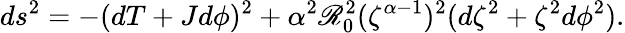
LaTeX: ds^{2}=-(dT+Jd\phi)^{2}+\alpha^{2}\mathscr{R}_{0}^{2}(\zeta^{\alpha-1})^{2}(d\zeta^{2}+\zeta^{2}d\phi^{2}).